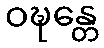
ဝဍ္ဎန္တေ